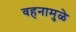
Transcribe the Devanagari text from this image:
वहनामुळे